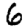
Digit: 6